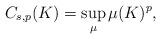
LaTeX: \begin{align*}C_{s,p}(K)=\sup_{\mu}\mu(K)^p,\end{align*}